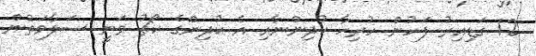
12 ގަޑިއިރު ފަހުން ހުރިހާ ކުދިންނާއި އެ ކުދިންގެ ކޯޗު ވަނީ ސަލާމަތުން